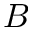
B